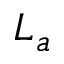
L _ { a }